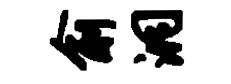
俞洞